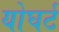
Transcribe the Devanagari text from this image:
योघर्ट